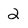
Character: 2